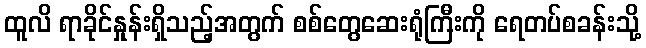
ထူလိ ရာခိုင်နှုန်းရှိသည့်အတွက် စစ်တွေဆေးရုံကြီးကို ရေတပ်စခန်းသို့